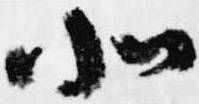
北